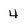
Character: 4